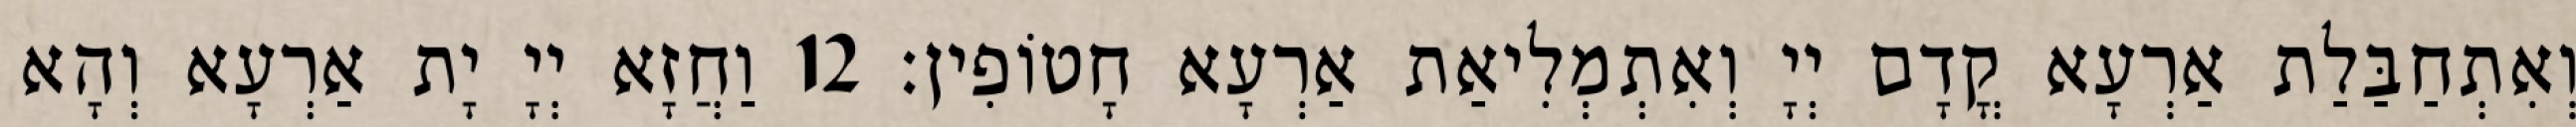
וְאִתְחַבַּלַת אַרְעָא קֳדָם יְיָ וְאִתְמְלִיאַת אַרְעָא חָטוֹפִין׃ 12 וַחֲזָא יְיָ יָת אַרְעָא וְהָא